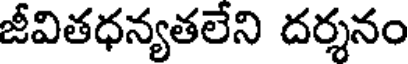
జీవితధన్యతలేని దర్శనం